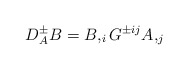
\begin{align*}D^{\pm}_A B = B,_i G^{\pm ij} A,_j\end{align*}